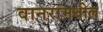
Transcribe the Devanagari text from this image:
वानरांमधील